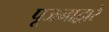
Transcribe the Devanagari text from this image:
पूजनाद्वारे